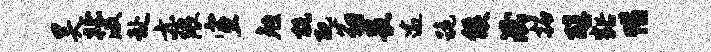
昊北汲赴亦隈宣勉杭配翁畏逾跪候泯拓醇豁惜